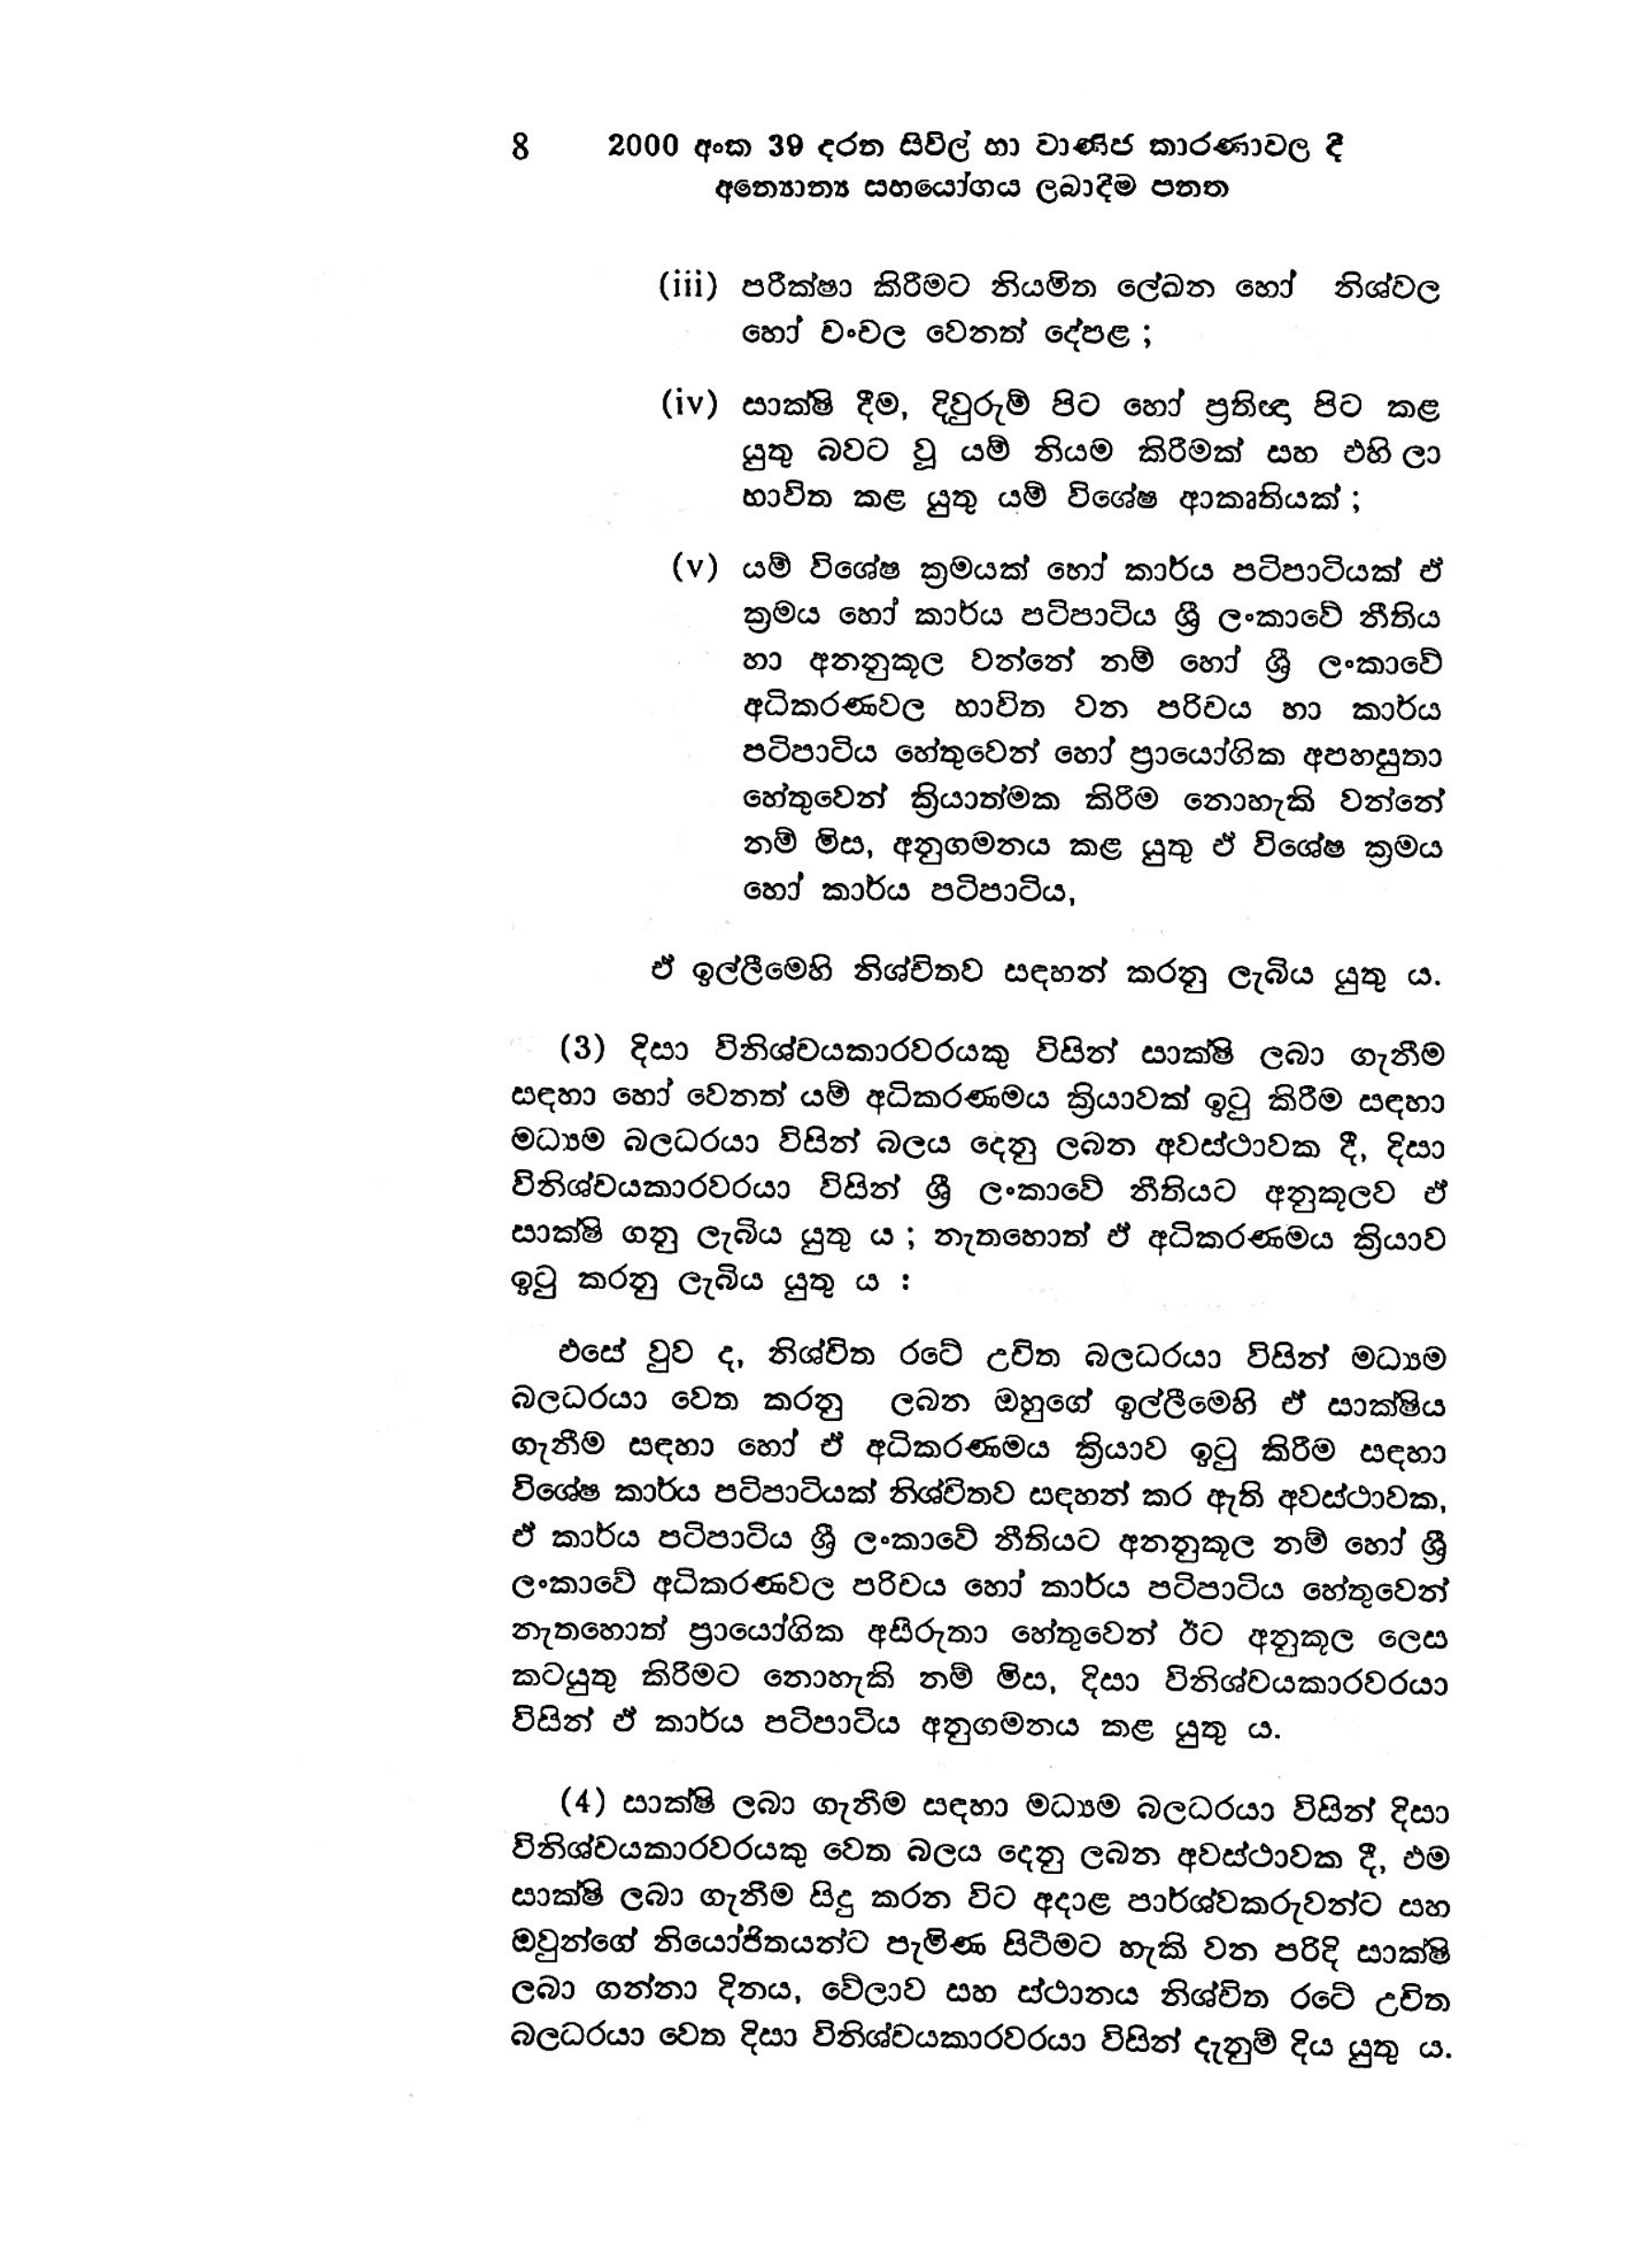
8 2000 අංක 39 දරන සිවිල් හා වාණිජ කාරණාවල දී
අන්‍යොන්‍ය සහයෝගය ලබාදීම පනත

(iii) පරීක්ෂා කිරීමට නියමිත ලේඛන හෝ නිශ්චල
හෝ වංචල වෙනත් දේපළ ;

(iv) සාක්ෂි දීම, දිවුරුම් පිට හෝ ප්‍රතිඥා පිට කළ
යුතු බවට වූ යම් නියම කිරීමක් සහ එහි ලා
භාවිත කළ යුතු යම් විශේෂ ආකෘතියක් ;

(v) යම් විශේෂ ක්‍රමයක් හෝ කාර්ය පටිපාටියක් ඒ
ක්‍රමය හෝ කාර්ය පටිපාටිය ශ්‍රී ලංකාවේ නීතිය
හා අනනුකූල වන්නේ නම් හෝ ශ්‍රී ලංකාවේ
අධිකරණවල භාවිත වන පරිචය හා කාර්ය
පටිපාටිය හේතුවෙන් හෝ ප්‍රායෝගික අපහසුතා
හේතුවෙන් ක්‍රියාත්මක කිරීම නොහැකි වන්නේ
නම් මිස, අනුගමනය කළ යුතු ඒ විශේෂ ක්‍රමය
හෝ කාර්ය පටිපාටිය,

ඒ ඉල්ලීමෙහි නිශ්චිතව සඳහන් කරනු ලැබිය යුතු ය.

(3) දිසා විනිශ්චයකාරවරයකු විසින් සාක්ෂි ලබා ගැනීම
සඳහා හෝ වෙනත් යම් අධිකරණමය ක්‍රියාවක් ඉටු කිරීම සඳහා
මධ්‍යම බලධරයා විසින් බලය දෙනු ලබන අවස්ථාවක දී, දිසා
විනිශ්චයකාරවරයා විසින් ශ්‍රී ලංකාවේ නීතියට අනුකූලව ඒ
සාක්ෂි ගනු ලැබිය යුතු ය ; නැතහොත් ඒ අධිකරණමය ක්‍රියාව
ඉටු කරනු ලැබිය යුතු ය:

එසේ වුව ද, නිශ්චිත රටේ උචිත බලධරයා විසින් මධ්‍යම
බලධරයා වෙත කරනු ලබන ඔහුගේ ඉල්ලීමෙහි ඒ සාක්ෂිය
ගැනීම සඳහා හෝ ඒ අධිකරණමය ක්‍රියාව ඉටු කිරීම සඳහා
විශේෂ කාර්ය පටිපාටියක් නිශ්චිතව සඳහන් කර ඇති අවස්ථාවක,
ඒ කාර්ය පටිපාටිය ශ්‍රී ලංකාවේ නීතියට අනනුකූල නම් හෝ ශ්‍රී
ලංකාවේ අධිකරණවල පරිචය හෝ කාර්ය පටිපාටිය හේතුවෙන්
නැතහොත් ප්‍රායෝගික අසීරුතා හේතුවෙන් ඊට අනුකූල ලෙස
කටයුතු කිරීමට නොහැකි නම් මිස, දිසා විනිශ්චයකාරවරයා
විසින් ඒ කාර්ය පටිපාටිය අනුගමනය කළ යුතු ය.

(4) සාක්ෂි ලබා ගැනීම සඳහා මධ්‍යම බලධරයා විසින් දිසා
විනිශ්චයකාරවරයකු වෙත බලය දෙනු ලබන අවස්ථාවක දී, එම
සාක්ෂි ලබා ගැනීම සිදු කරන විට අදාළ පාර්ශ්වකරුවන්ට සහ
ඔවුන්ගේ නියෝජිතයන්ට පැමිණ සිටීමට හැකි වන පරිදි සාක්ෂි
ලබා ගන්නා දිනය, වේලාව සහ ස්ථානය නිශ්චිත රටේ උචිත
බලධරයා වෙත දිසා විනිශ්චයකාරවරයා විසින් දැනුම් දිය යුතු ය.